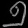
Digit: ၅